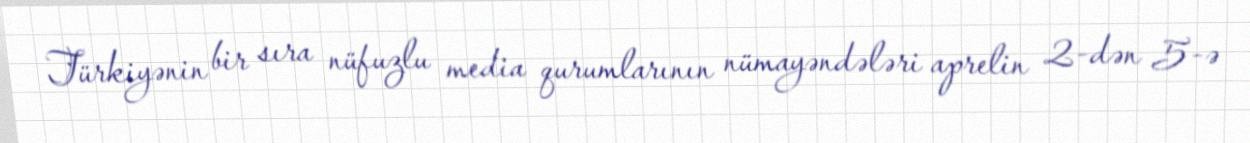
Türkiyənin bir sıra nüfuzlu media qurumlarının nümayəndələri aprelin 2-dən 5-ə